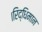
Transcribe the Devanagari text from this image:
।रिद्धिमान